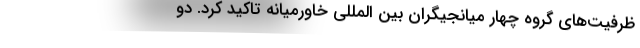
ظرفیت‌های گروه چهار میانجیگران بین المللی خاورمیانه تاکید کرد. دو